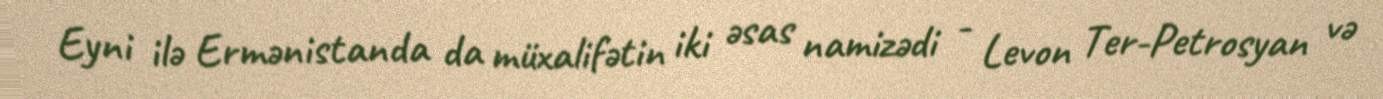
Eyni ilə Ermənistanda da müxalifətin iki əsas namizədi - Levon Ter-Petrosyan və